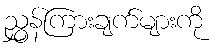
ညွှန်ကြားချက်များကို